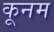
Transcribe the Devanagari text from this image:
कूनम